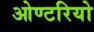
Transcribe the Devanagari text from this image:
ओण्टरियो